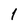
Character: 1